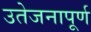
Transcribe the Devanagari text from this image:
उतेजनापूर्ण